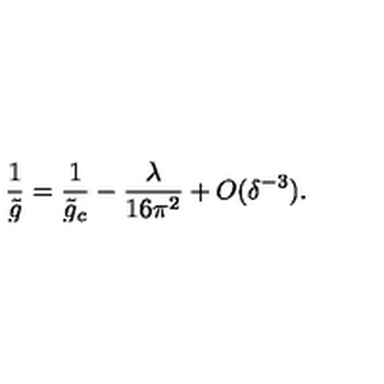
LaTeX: { \frac { 1 } { \tilde { g } } } = { \frac { 1 } { \tilde { g } _ { c } } } - { \frac { \lambda } { 1 6 \pi ^ { 2 } } } + O ( \delta ^ { - 3 } ) .